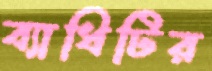
ব্যাধিটির